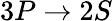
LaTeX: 3P\rightarrow 2S